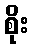
စိုး